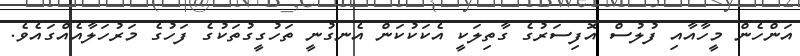
އަންހެން މީހާއާއި ފުލުސް އޮފިސަރުގެ ގާތިލަކީ އެކަކުކަން އެނގުނީ ތަހުގީގުތަކުގެ ފަހުގެ މަރުހަލާއެއްގައެވެ.